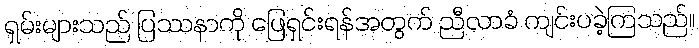
ရှမ်းများသည် ပြဿနာကို ဖြေရှင်းရန်အတွက် ညီလာခံ ကျင်းပခဲ့ကြသည်။